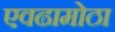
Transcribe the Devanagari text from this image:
एवढामोठा